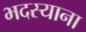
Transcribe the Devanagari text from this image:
भदस्याना